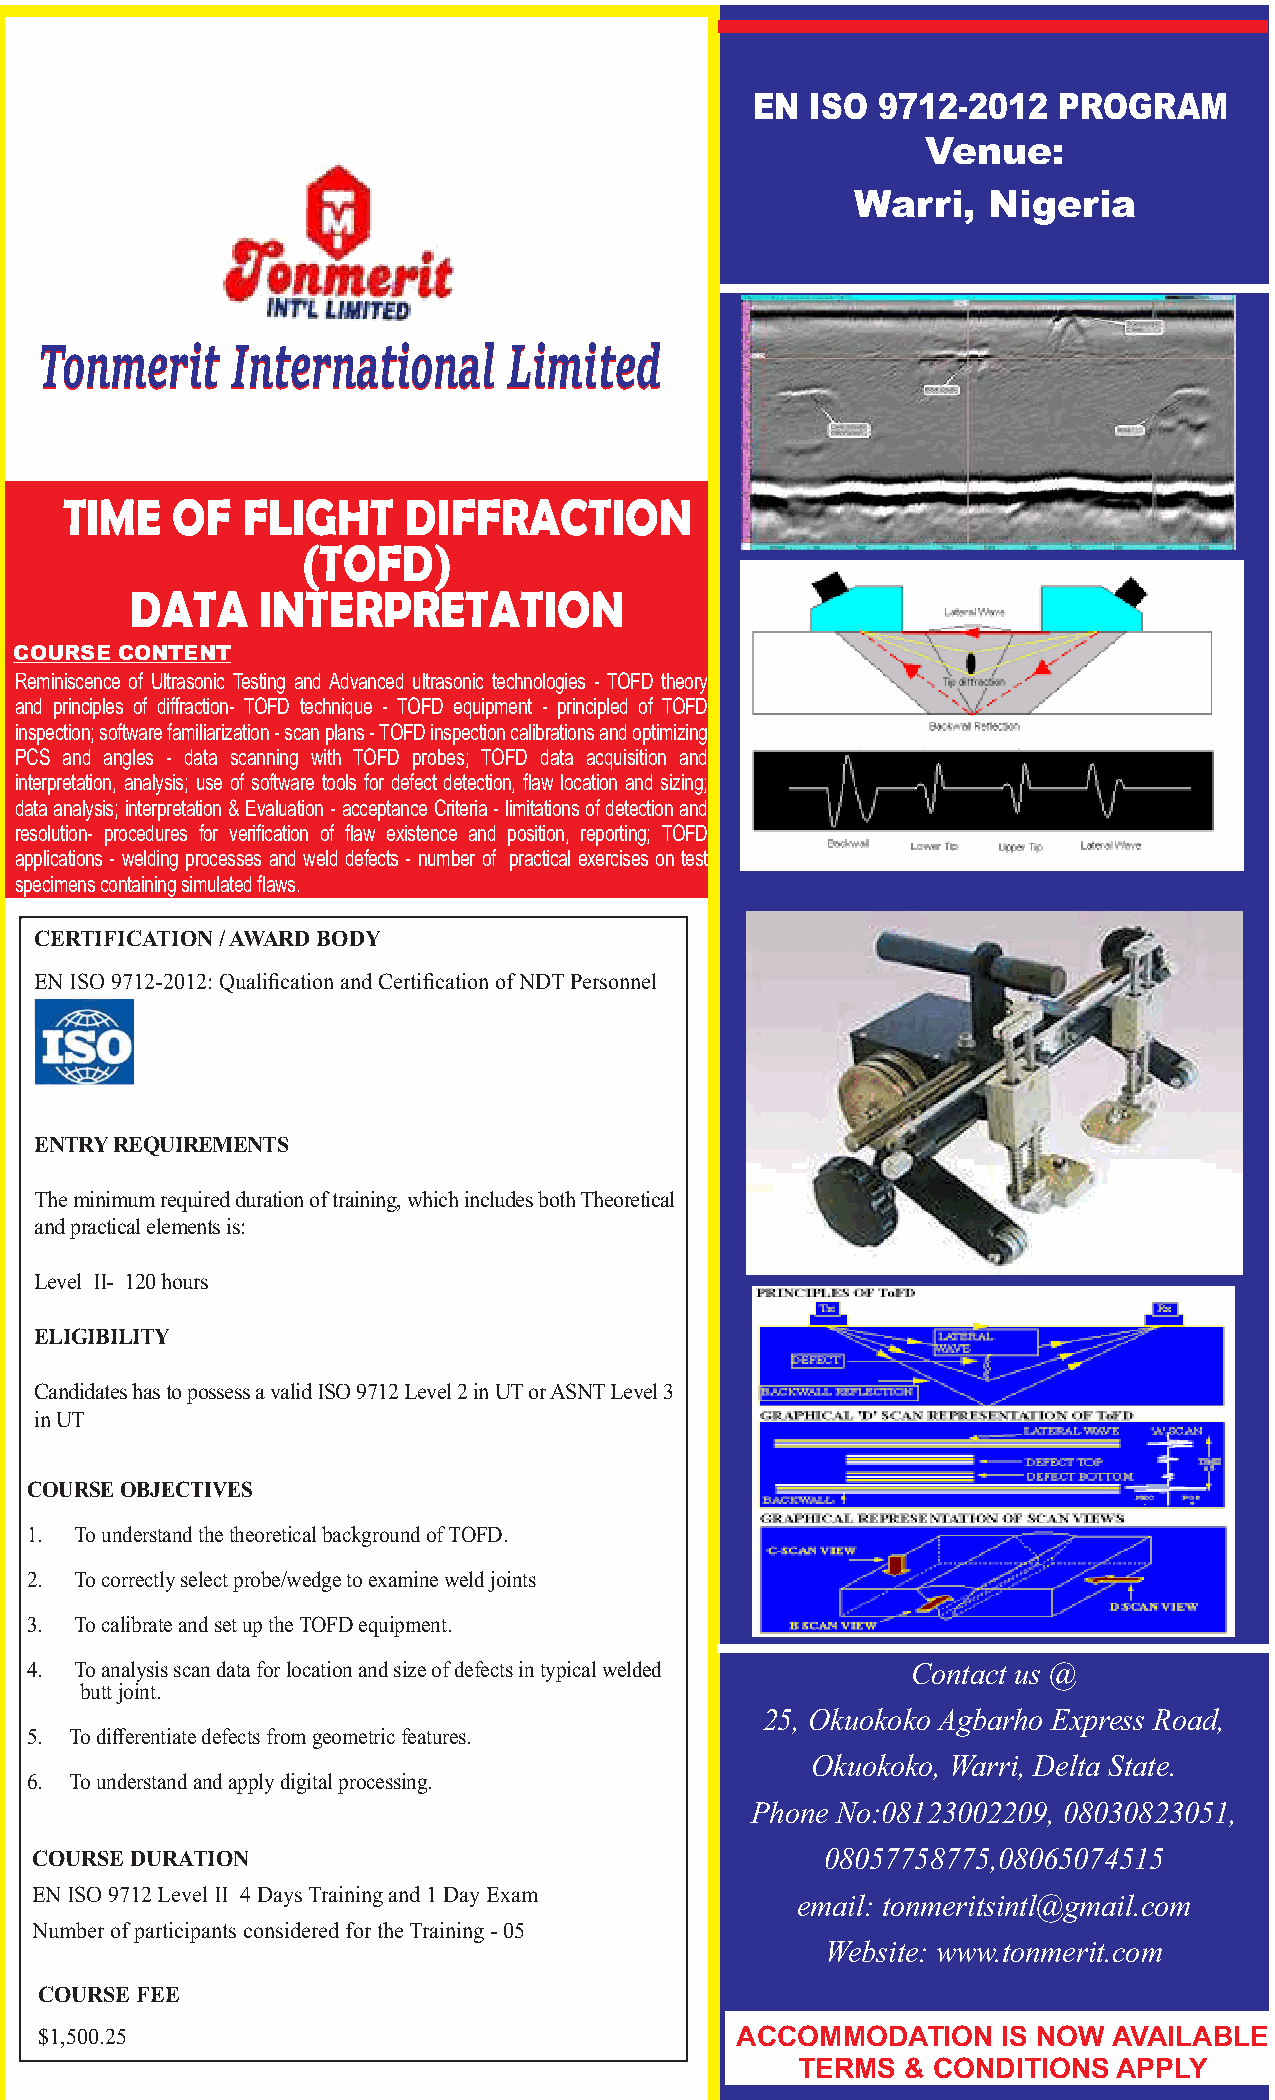
EN  ISO 9712-2012   PROGRAM
 Venue:
 Warri,  Nigeria
 TToonnmmeerriitt IInntteerrnnaattiioonnaall LLiimmiitteedd
 TIME   OF   FLIGHT     DIFFRACTION
 (TOFD)
 DATA    INTERPRETATION
 COURSE CONTENT
 Reminiscence of Ultrasonic Testing and Advanced ultrasonic technologies - TOFD theory
 and principles of diffraction- TOFD technique - TOFD equipment - principled of TOFD
 inspection; software familiarization - scan plans - TOFD inspection calibrations and optimizing
 PCS and angles - data scanning with TOFD probes; TOFD data acquisition and
 interpretation, analysis; use of software tools for defect detection, flaw location and sizing;
 data analysis; interpretation & Evaluation - acceptance Criteria - limitations of detection and
 resolution- procedures for verification of flaw existence and position, reporting; TOFD
 applications - welding processes and weld defects - number of practical exercises on test
 specimens containing simulated flaws.
 CERTIFICATION / AWARD BODY
 EN ISO 9712-2012: Qualification and Certification of NDT Personnel
 ENTRY REQUIREMENTS
 The minimum required duration of training, which includes both Theoretical
 and practical elements is:
 Level II- 120 hours
 ELIGIBILITY
 Candidates has to possess a valid ISO 9712 Level 2 in UT or ASNT Level 3
 in UT
 COURSE OBJECTIVES
 1. To understand the theoretical background of TOFD.
 2. To correctly select probe/wedge to examine weld joints
 3. To calibrate and set up the TOFD equipment.
 4. To analysis scan data for location and size of defects in typical welded Contact us @
 butt joint.
 25, Okuokoko Agbarho Express Road,
 5. To differentiate defects from geometric features.
 Okuokoko, Warri, Delta State.
 6. To understand and apply digital processing.
 Phone No:08123002209, 08030823051,
 COURSE DURATION                                      08057758775,08065074515
 EN ISO 9712 Level II 4 Days Training and 1 Day Exam
 email: tonmeritsintl@gmail.com
 Number of participants considered for the Training - 05
 Website: www.tonmerit.com
 COURSE FEE
 $1,500.25                                     ACCOMMODATION    IS NOW  AVAILABLE
 TERMS  & CONDITIONS  APPLY